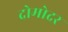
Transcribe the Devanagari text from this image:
दोमोदर